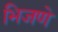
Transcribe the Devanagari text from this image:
भिजणे